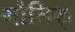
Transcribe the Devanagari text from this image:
मौलिक्